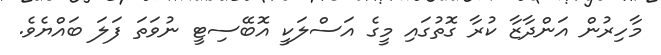
މާހިރުން އަންދާޒާ ކުރާ ގޮތުގައި މީގެ އަސްލަކީ އޮބޭސިޓީ ނުވަތަ ފަލަ ބައްޔެވެ.